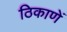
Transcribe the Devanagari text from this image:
ठिकाणें